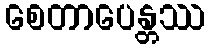
စေတာပေန္တဿ